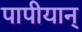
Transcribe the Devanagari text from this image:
पापीयान्‌